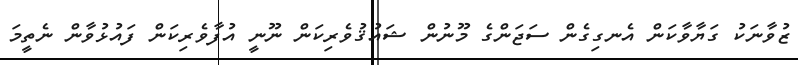
ޒުވާނަކު ގަޔާވާކަން އެނގިގެން ސަޖަންގެ މޫނުން ޝައުޤުވެރިކަން ނޫނީ އުފާވެރިކަން ފައުޅުވާން ނެތީމަ